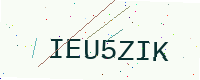
Text: IEU5ZIK